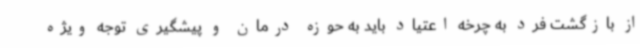
از بازگشت فرد به چرخه اعتیاد باید به حوزه درمان و پیشگیری توجه ویژه